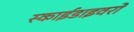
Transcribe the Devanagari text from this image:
स्काईडाइवरों